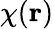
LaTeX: \chi({\mathbf r})